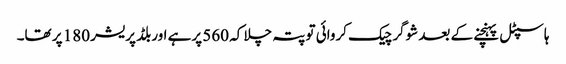
ہاسپٹل پہنچنے کے بعد شوگر چیک کروائی تو پتہ چلا کہ 560 پرہے اوربلڈ پریشر 180 پر تھا۔